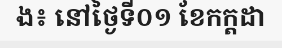
ង៖ នៅថ្ងៃទី០១ ខែកក្តដា